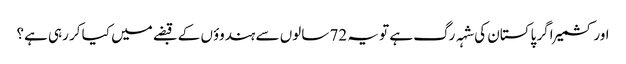
اور کشمیر اگر پاکستان کی شہہ رگ ہے تو یہ 72 سالوں سے ہندوؤں کے قبضے میں کیا کر رہی ہے؟